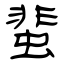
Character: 蜚